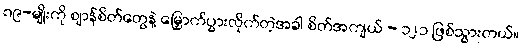
၈၉-မျိုးကို ဈာန်စိတ်တွေနဲ့ မြှောက်ပွားလိုက်တဲ့အခါ စိတ်အကျယ် - ၁၂၁ ဖြစ်သွားတယ်။